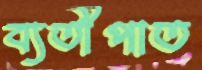
ব্যতীপাত